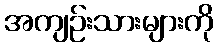
အကျဉ်းသားများကို